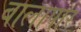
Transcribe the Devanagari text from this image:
बालापार